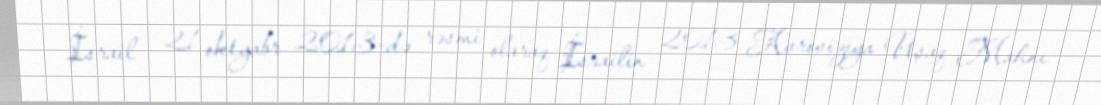
İsrail - 21 oktyabr 2013-də rəsmi olaraq İsrailin 2013 Avroviziya Uşaq Mahnı